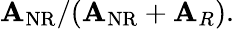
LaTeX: \mathbf{A}_{\mathrm{{NR}}}/(\mathbf{A}_{\mathrm{{NR}}}+\mathbf{A}_{R}).